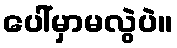
ပေါ်မှာမလွဲပဲ။